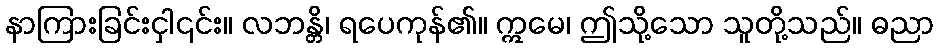
နာကြားခြင်းငှါ၎င်း။ လဘန္တိ၊ ရပေကုန်၏။ ဣမေ၊ ဤသို့သော သူတို့သည်။ ဓညာ